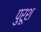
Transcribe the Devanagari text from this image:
पुरूश